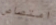
امتصاص